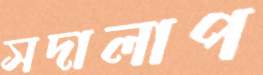
সদালাপ